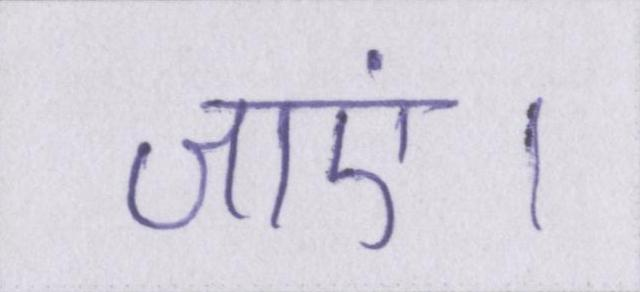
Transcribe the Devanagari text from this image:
जाएं।